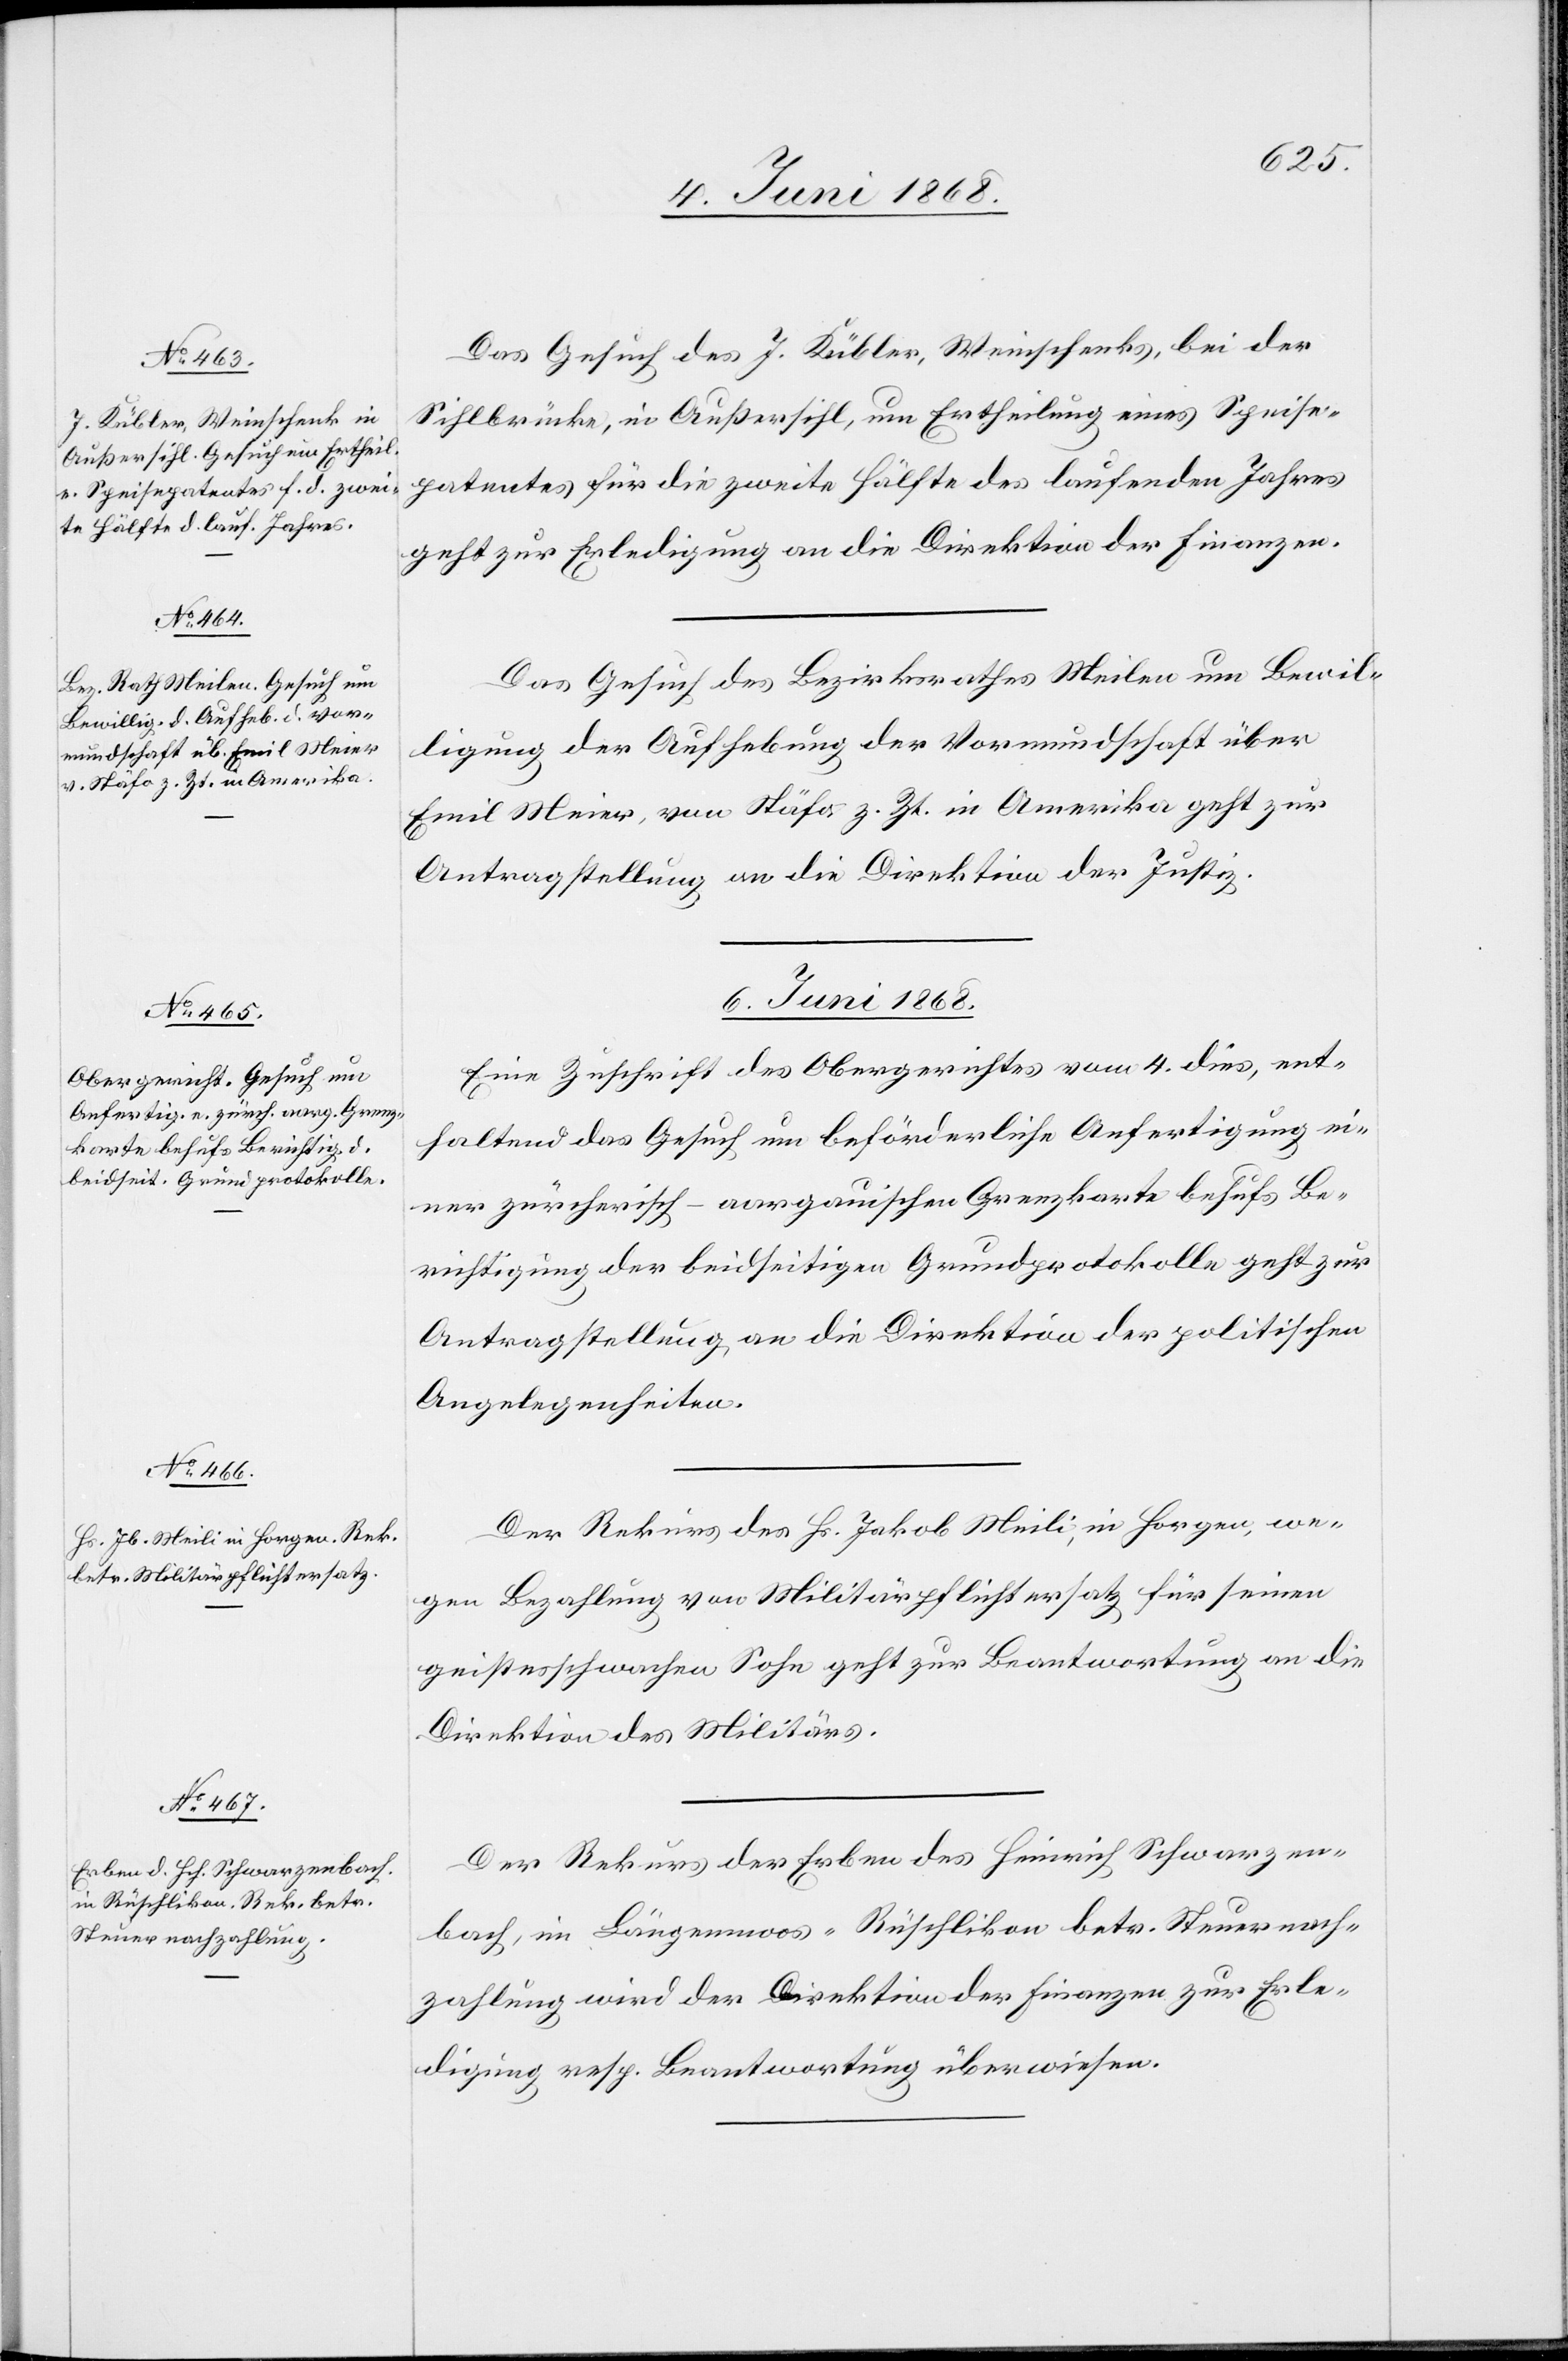
5. Juni 1868.]
Das Gesuch des J. Kübler, Weinschenks, bei der
Sihlbrücke, in Außersihl, um Ertheilung eines Speise¬
patentes für die zweite Hälfte des laufenden Jahres
geht zur Erledigung an die Direktion der Finanzen.
Das Gesuch des Bezirksrathes Meilen um Bewil¬
ligung der Aufhebung der Vormundschaft über
Emil Meier, von Stäfa z. Zt. in Amerika geht zur
Antragstellung an die Direktion der Justiz.
6. Juni 1868.]
Eine Zuschrift des Obergerichtes vom 4. dies, ent¬
haltend das Gesuch um beförderliche Anfertigung ei¬
ner zürcherisch-aargauischen Grenzkarte behufs Be¬
richtigung der beidseitigen Grundprotokolle geht zur
Antragstellung an die Direktion der politischen
Angelegenheiten.
Der Rekurs des Hs. Jakob Meili, in Horgen, we¬
gen Bezahlung von Militärpflichtersatz für seinen
geistesschwachen Sohn geht zur Beantwortung an die
Direktion des Militärs.
Der Rekurs der Erben des Heinrich Schwarzen¬
bach, im Längenmoos-Rüschlikon betr. Steuernach¬
zahlung wird der Direktion der Finanzen zur Erle¬
digung resp. Beantwortung überwiesen.